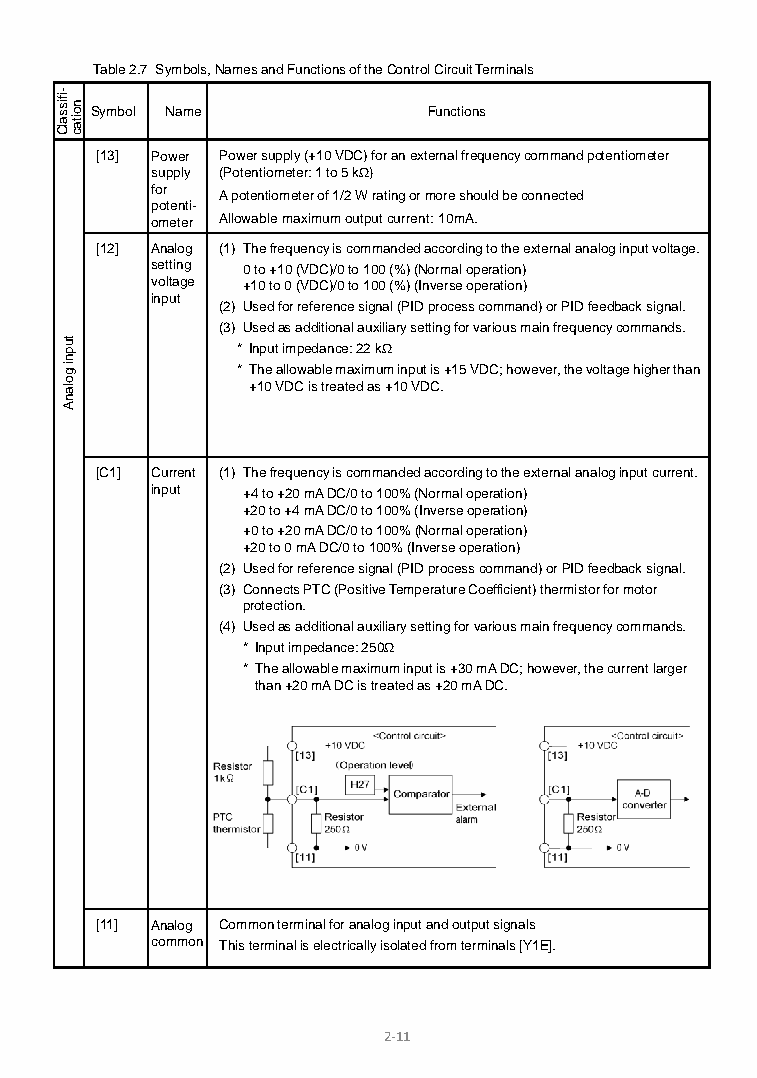
Table 2.7 Symbols, Names and Functions of the Control Circuit Terminals
 Symbol Name           Functions
 [13] Power Power supply (+10 VDC) for an external frequency command potentiometer
 supply (Potentiometer: 1 to 5 kΩ)
 for
 A potentiometer of 1/2 W rating or more should be connected
 potenti-
 ometer Allowable maximum output current: 10mA.
 [12] Analog (1) The frequency is commanded according to the external analog input voltage.
 setting 0 to +10 (VDC)/0 to 100 (%) (Normal operation)
 voltage +10 to 0 (VDC)/0 to 100 (%) (Inverse operation)
 input
 (2) Used for reference signal (PID process command) or PID feedback signal.
 (3) Used as additional auxiliary setting for various main frequency commands.
 * Input impedance: 22 kΩ
 * The allowable maximum input is +15 VDC; however, the voltage higher than
 +10 VDC is treated as +10 VDC.
 [C1] Current (1) The frequency is commanded according to the external analog input current.
 input +4 to +20 mA DC/0 to 100% (Normal operation)
 +20 to +4 mA DC/0 to 100% (Inverse operation)
 +0 to +20 mA DC/0 to 100% (Normal operation)
 +20 to 0 mA DC/0 to 100% (Inverse operation)
 (2) Used for reference signal (PID process command) or PID feedback signal.
 (3) Connects PTC (Positive Temperature Coefficient) thermistor for motor
 protection.
 (4) Used as additional auxiliary setting for various main frequency commands.
 * Input impedance: 250Ω
 * The allowable maximum input is +30 mA DC; however, the current larger
 than +20 mA DC is treated as +20 mA DC.
 [11] Analog Common terminal for analog input and output signals
 common This terminal is electrically isolated from terminals [Y1E].
 2-11
 -ifissalC
 tupni
 golanA
 noitac